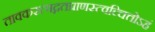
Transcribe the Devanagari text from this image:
तावकस्त्वद्गतप्राणस्त्वच्चित्तोऽहं